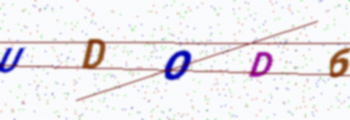
Text: UDOD6